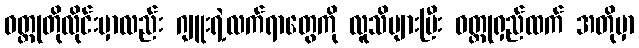
ဝတ္ထုတိုလိုင်းမှာလည်း ဂျူးရဲ့လက်ရာတွေကို လူသိများပြီး ဝတ္ထုရှည်ထက် အတိုမှာ